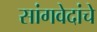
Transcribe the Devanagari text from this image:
सांगवेदांचे